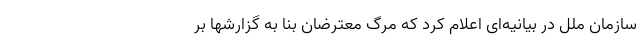
سازمان ملل در بیانیه‌ای اعلام کرد که مرگ معترضان بنا به گزارشها بر